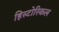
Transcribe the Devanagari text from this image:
हिस्‍टोरिकल